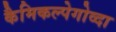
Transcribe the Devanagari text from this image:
कैमिकल्पेगोव्दा